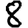
Digit: 8